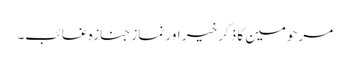
مرحومین کا ذکر خیر اور نماز جنازہ غائب۔